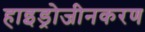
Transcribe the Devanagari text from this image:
हाइड्रोजीनकरण